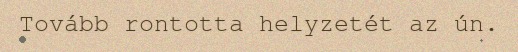
Tovább rontotta helyzetét az ún.